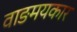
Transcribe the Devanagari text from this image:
वाङमयकार